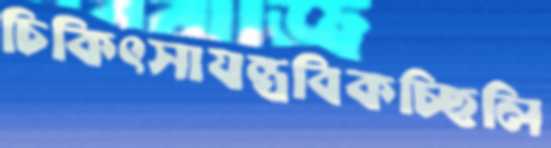
চিকিৎসাযন্ত্রবিকচ্ছিলি